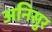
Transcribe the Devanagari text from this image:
अनिसुर